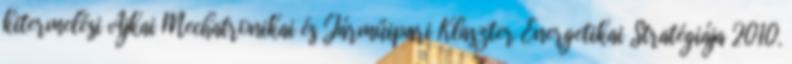
kitermelési Ajkai Mechatronikai és Járműipari Klaszter Energetikai Stratégiája 2010.